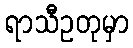
ရာသီဥတုမှာ